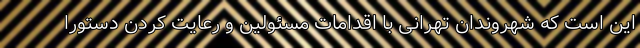
این است که شهروندان تهرانی با اقدامات مسئولین و رعایت کردن دستورا